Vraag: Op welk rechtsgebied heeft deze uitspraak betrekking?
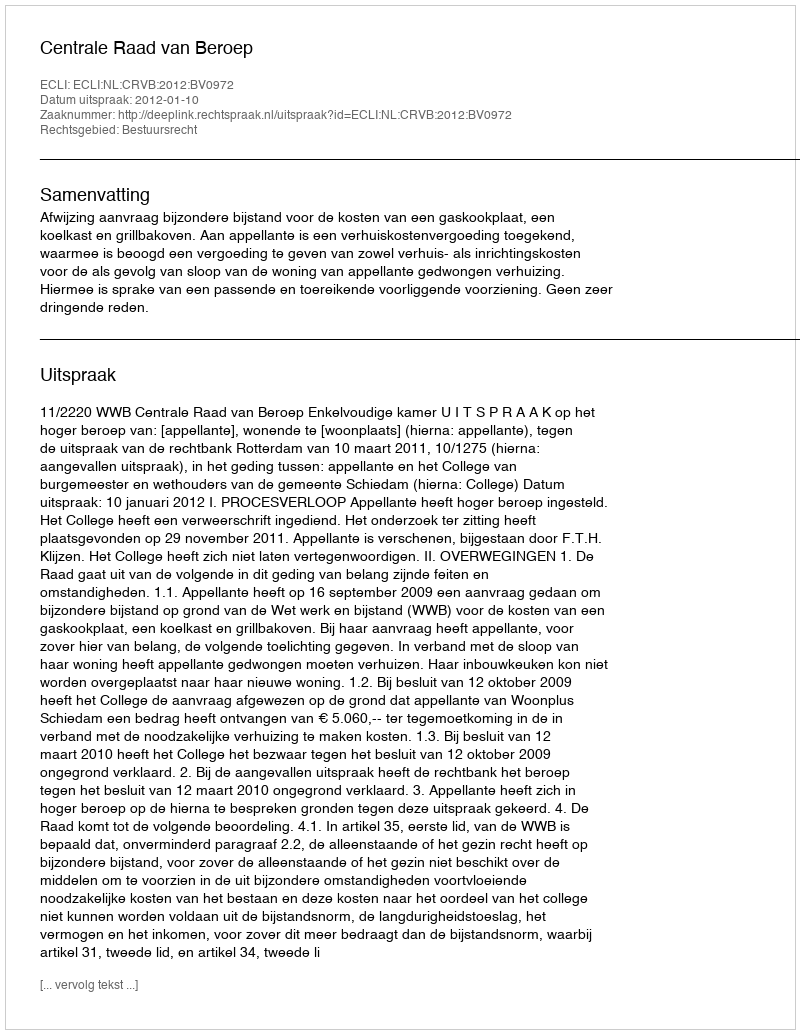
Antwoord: Bestuursrecht